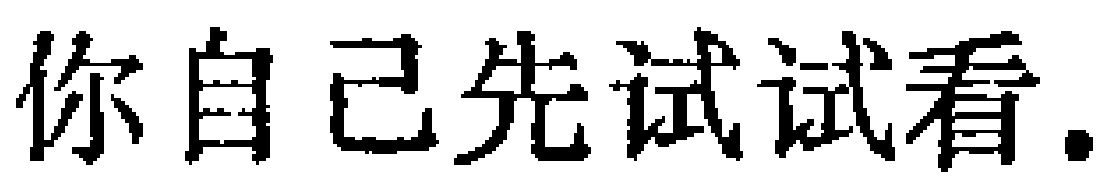
你自己先试试看.